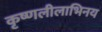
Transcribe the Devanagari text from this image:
कृष्णलीलाभिनय